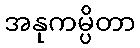
အနုကမ္ပိတာ